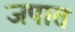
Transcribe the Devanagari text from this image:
जपात